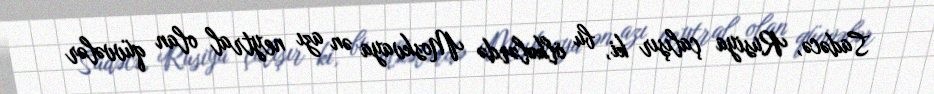
Sadəcə, Rusiya çalışır ki, bu ölkələrdə Moskvaya ən azı neytral olan qüvvələr